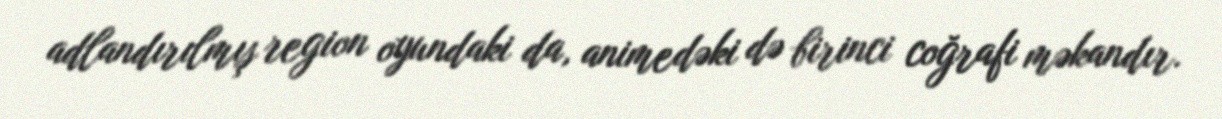
adlandırılmış region oyundaki da, animedəki də birinci coğrafi məkandır.